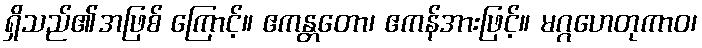
ရှိသည်၏အဖြစ် ကြောင့်။ ဧကန္တတော၊ ဧကန်အားဖြင့်။ မဂ္ဂဟေတုကာဝ၊